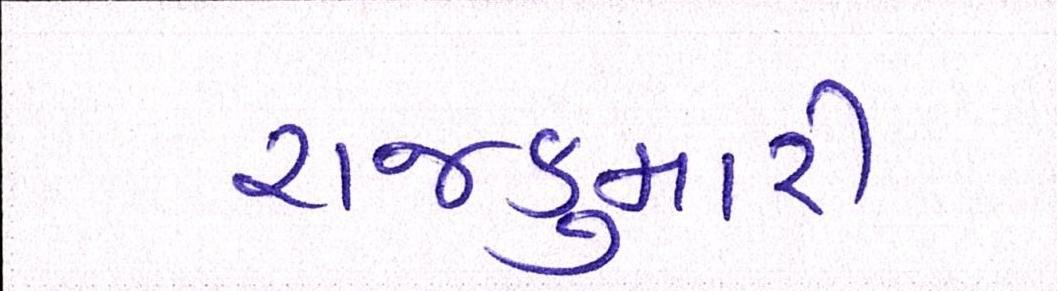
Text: રાજકુમારી